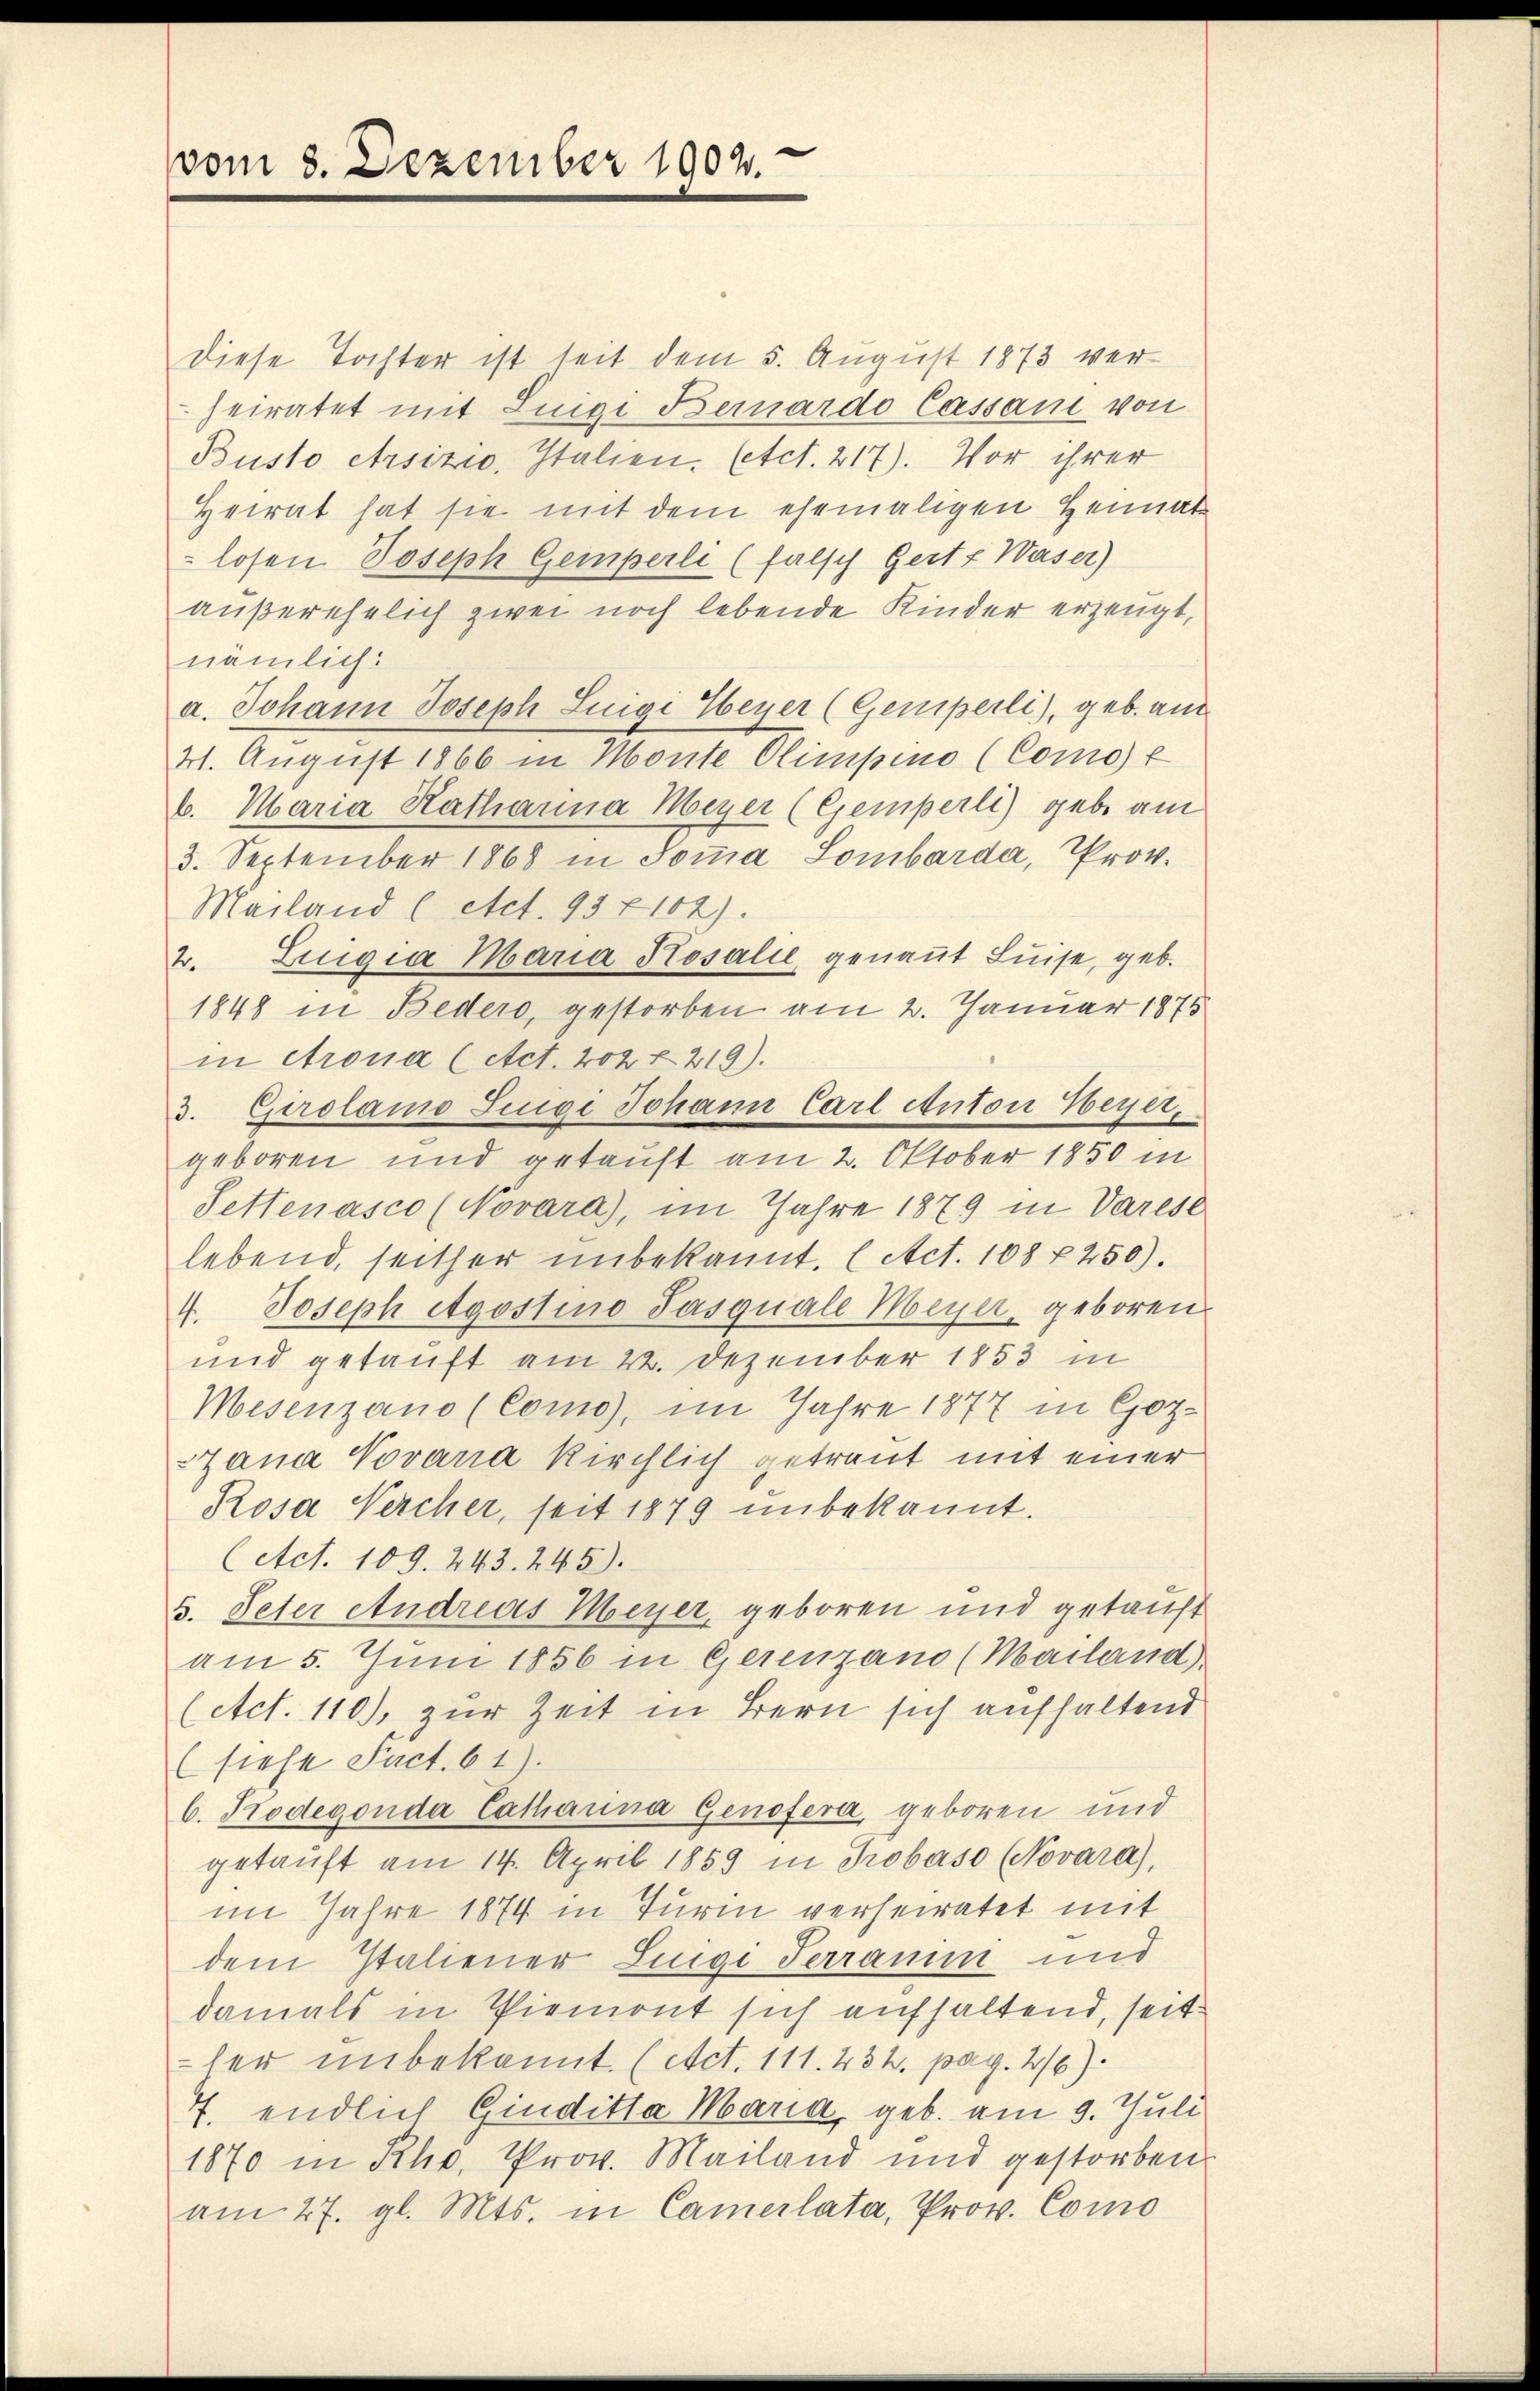
vom 3. Dezember 1902.

diese Tochter ist seit dem 5. August 1873 verheiratet mit Luigi Bernardo Cassani von
Busto ersizio, Italien. (etct. 217). Vor ihrer
Heirat hat sie mit dem ehemaligen Heimat
losen Joseph Gemperli (falsch Gert? Waser)
außerehelich zwei noch lebende Kinder erzeugt,
nämlich:
a. Johann Joseph Luigi Weyer (Gemperli), geb. am
21. August 1866 in Monte Climpino (Como f
b. Maria Kathanna Meyer (Gemperli) gebe am
3. September 1868 in Soṁa Lombarda, Prov.
Mailand ( Act. 937102).
2. Luigia Maria Rosalie, genaṅt Luise, geb.
1848 in Bedero, gestorben am 2. Januar 1875
in crona (Act. 202 f. 219).
3. Gerolamo Juivi Johann Carl Anton Weyer,
geboren und getauft am 2. Oktober 1850 in
Settenasco (Novara), im Jahre 1879 in Varese
lebend, seither unbekannt. ( Act. 108 f 250).
4. Joseph Agostino Pasquale Meyer, geboren.
und getauft am 22. Dezember 1853 in
Mesenzano (Como), im Jahre 1877 in Got¬
Stana Novania Kirchlich getraut mit einer
Rosa Nercher, seit 1879 unbekannt.
(Act. 109. 243. 245).
5. Peter Andreas Meyer, geboren und getauft
am 5. Juni 1856 in Gerenzano (Mailand)
(Act. 110), zur Zeit in Bern sich aufhaltend
(siehe Fact. 61).
6. Hodegonda Catharina Genofera geboren und
getauft am 14. April 1859 in Tobaso (Novara),
im Jahre 1874 in Turin verheiratet mit
dem Italiener Luigi Terranini und
damals in Piemont sich aufhaltend, seit
ler unbekannt. (Act. 111. 232. pag. 216)
7. endlich Giuditha Maria, geb. am 9. Juli
1870 in Rho, Prov. Mailand und gestorben
am 27. gl. Mts. in Camerlata, Prov. Como